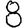
Digit: 8